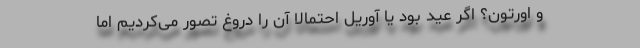
و اورتون؟ اگر عید بود یا آوریل احتمالاً آن را دروغ تصور می‌کردیم اما